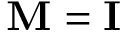
\mathbf { M } = \mathbf { I }